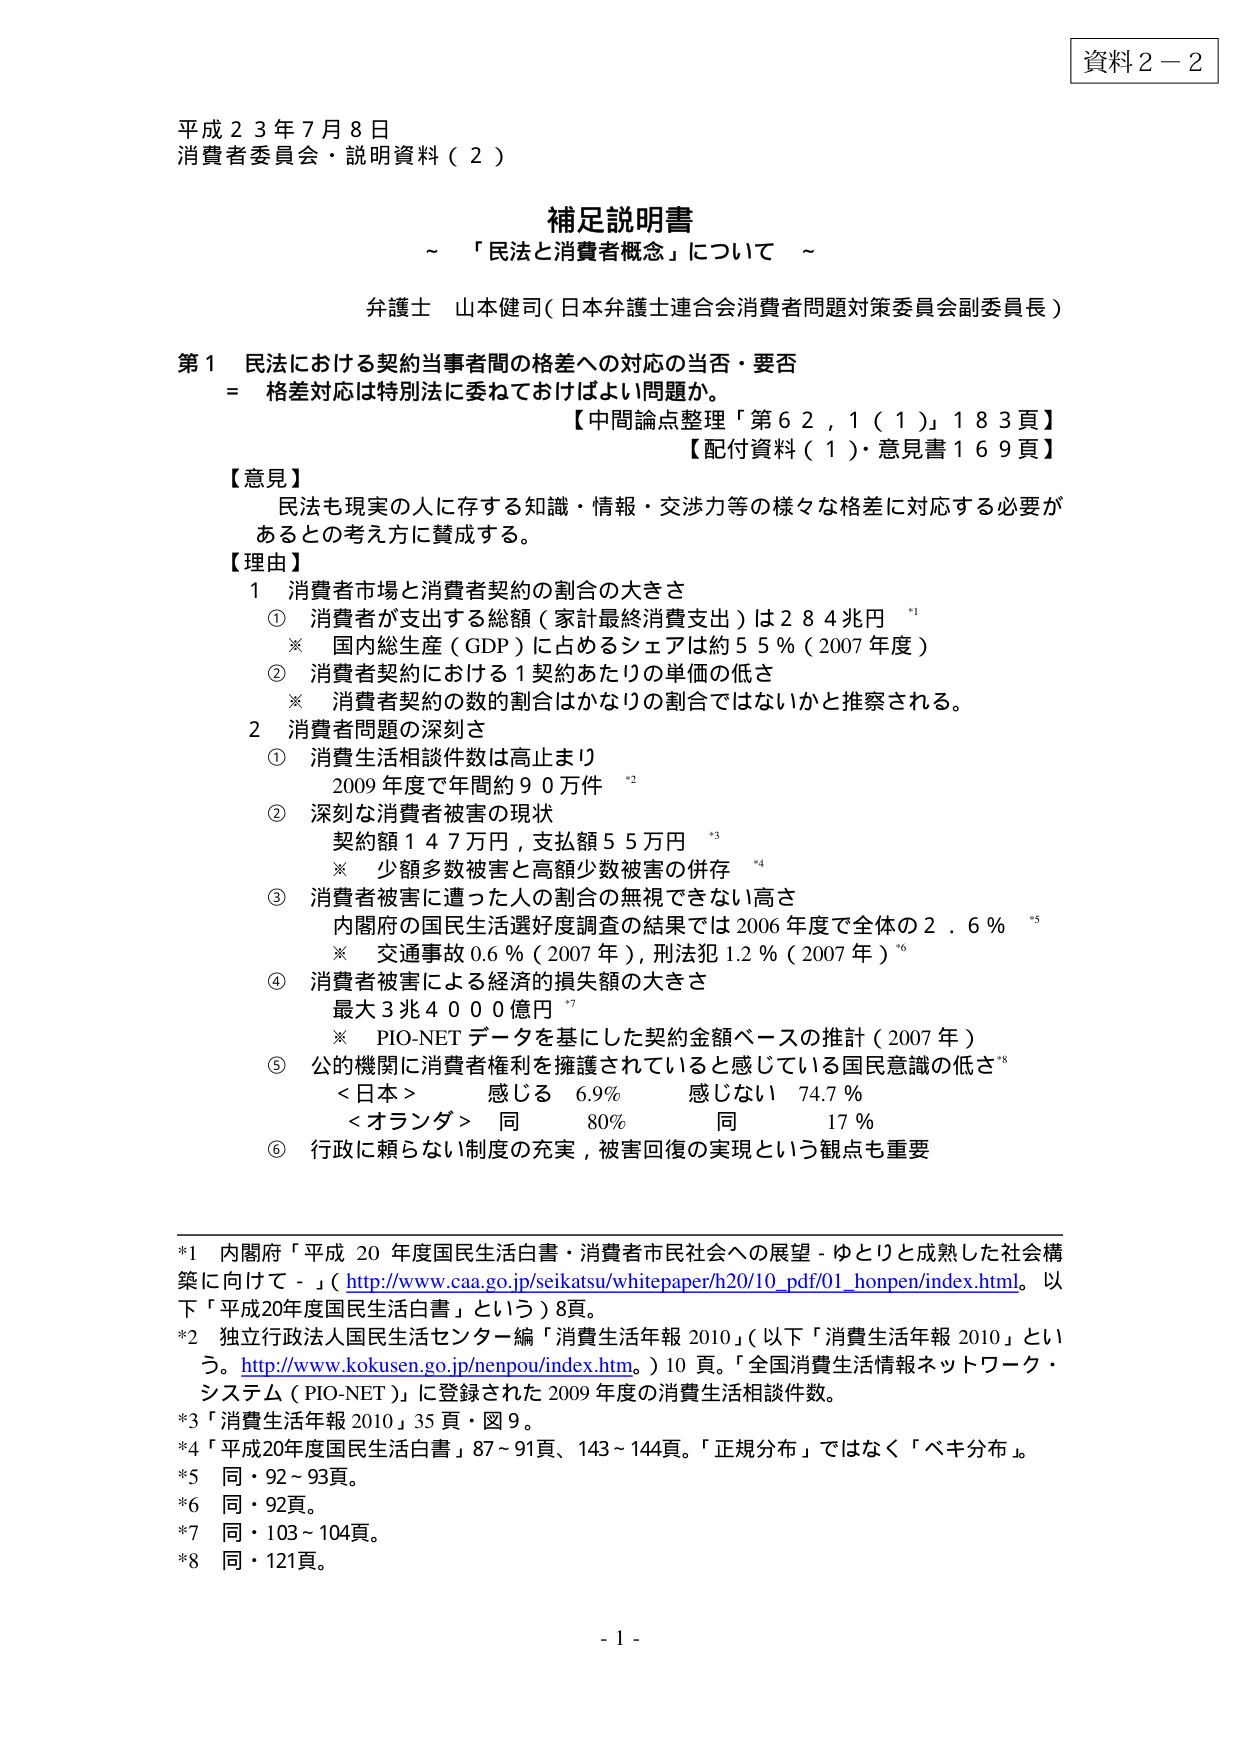
資料２－２

平成２３年７月８日
消費者委員会・説明資料（２）

補足説明書
～「民法と消費者概念」について～

弁護士 山本健司（日本弁護士連合会消費者問題対策委員会副委員長）

第１ 民法における契約当事者間の格差への対応の当否・要否
＝ 格差対応は特別法に委ねておけばよい問題か。
【中間論点整理「第６２，１（１）」１８３頁】
【配付資料（１）・意見書１６９頁】

【意見】
民法も現実の人に存する知識・情報・交渉力等の様々な格差に対応する必要があるとの考え方に賛成する。

【理由】
１ 消費者市場と消費者契約の割合の大きさ
　① 消費者が支出する総額（家計最終消費支出）は２８４兆円　*1
　　※ 国内総生産（GDP）に占めるシェアは約５５％（2007年度）
　② 消費者契約における１契約あたりの単価の低さ
　　※ 消費者契約の数の割合はかなりの割合ではないかと推察される。

２ 消費者問題の深刻さ
　① 消費生活相談件数は高止まり
　　2009年度で年間約９０万件　*2
　② 深刻な消費者被害の現状
　　契約額１４７万円，支払額５５万円　*3
　　※ 少額多数被害と高額少数被害の併存　*4
　③ 消費者被害に遭った人の割合の無視できない高さ
　　内閣府の国民生活選好度調査の結果では2006年度で全体の２．６％　*5
　　※ 交通事故０.6％（2007年），刑法犯１.2％（2007年）*6
　④ 消費者被害による経済的損失額の大きさ
　　最大３兆４０００億円　*7
　　※ PIO-NETデータを基にした契約金額ベースの推計（2007年）
　⑤ 公的機関に消費者権利を擁護されていると感じている国民意識の低さ*8
　　＜日本＞　感じる　６.９％　　感じない　７４.７％
　　＜オランダ＞　同　８０％　　同　１７％
　⑥ 行政に頼らない制度の充実，被害回復の実現という観点も重要

*1 内閣府「平成20年度国民生活白書・消費者市民社会への展望－ゆとりと成熟した社会構築に向けて－」（http://www.caa.go.jp/seikatsu/whitepaper/h20/10_pdf/01_honpen/index.html。以下「平成20年度国民生活白書」という）8頁。
*2 独立行政法人国民生活センター編「消費生活年報2010」（以下「消費生活年報2010」という。http://www.kokusen.go.jp/nenpou/index.htm。）10頁。「全国消費生活情報ネットワーク・システム（PIO-NET）」に登録された2009年度の消費生活相談件数。
*3 「消費生活年報2010」35頁・図9。
*4 「平成20年度国民生活白書」87～91頁、143～144頁。「正規分布」ではなく「ベキ分布」。
*5 同・92～93頁。
*6 同・92頁。
*7 同・103～104頁。
*8 同・121頁。

- 1 -